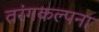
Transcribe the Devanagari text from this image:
तरंगकल्पना